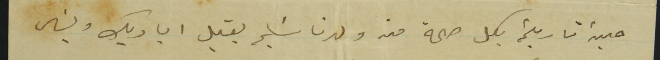
حين تاريخه بكل صحة من ولدنا سَليم يقبل اياديك ويسَال